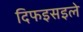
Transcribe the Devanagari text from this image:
दिफइसइले